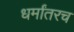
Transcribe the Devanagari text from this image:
धर्मांतरच